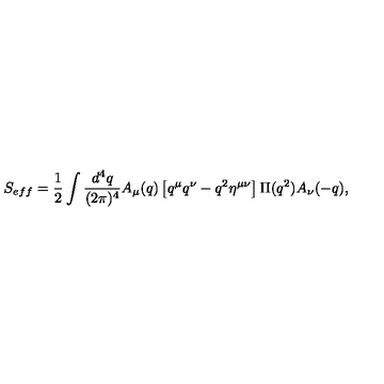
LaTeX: S _ { e f f } = { \frac { 1 } { 2 } } \int { \frac { d ^ { 4 } q } { ( 2 \pi ) ^ { 4 } } } A _ { \mu } ( q ) \left[ q ^ { \mu } q ^ { \nu } - q ^ { 2 } \eta ^ { \mu \nu } \right] \Pi ( q ^ { 2 } ) A _ { \nu } ( - q ) ,